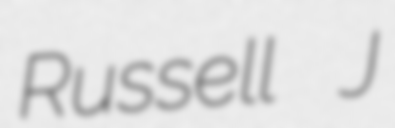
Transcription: Russell J